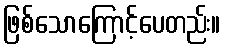
ဖြစ်သောကြောင့်ပေတည်း။